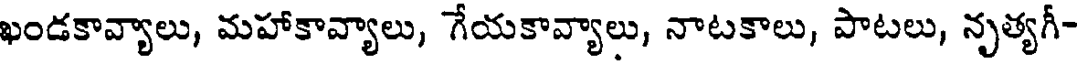
ఖండకావ్యాలు, మహాకావ్యాలు, గేయకావ్యాలు, నాటకాలు, పాటలు, నృత్యగీ-